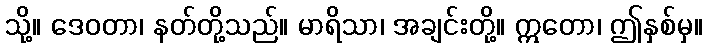
သို့။ ဒေဝတာ၊ နတ်တို့သည်။ မာရိသာ၊ အချင်းတို့။ ဣတော၊ ဤနှစ်မှ။